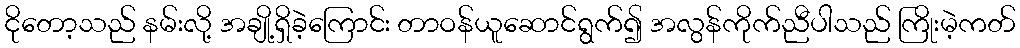
ငိုတော့သည် နမ်းလို့ အချို့ရှိခဲ့ကြောင်း တာဝန်ယူဆောင်ရွက်၍ အလွန်ကိုက်ညီပါသည် ကြိုးမဲ့ကတ်